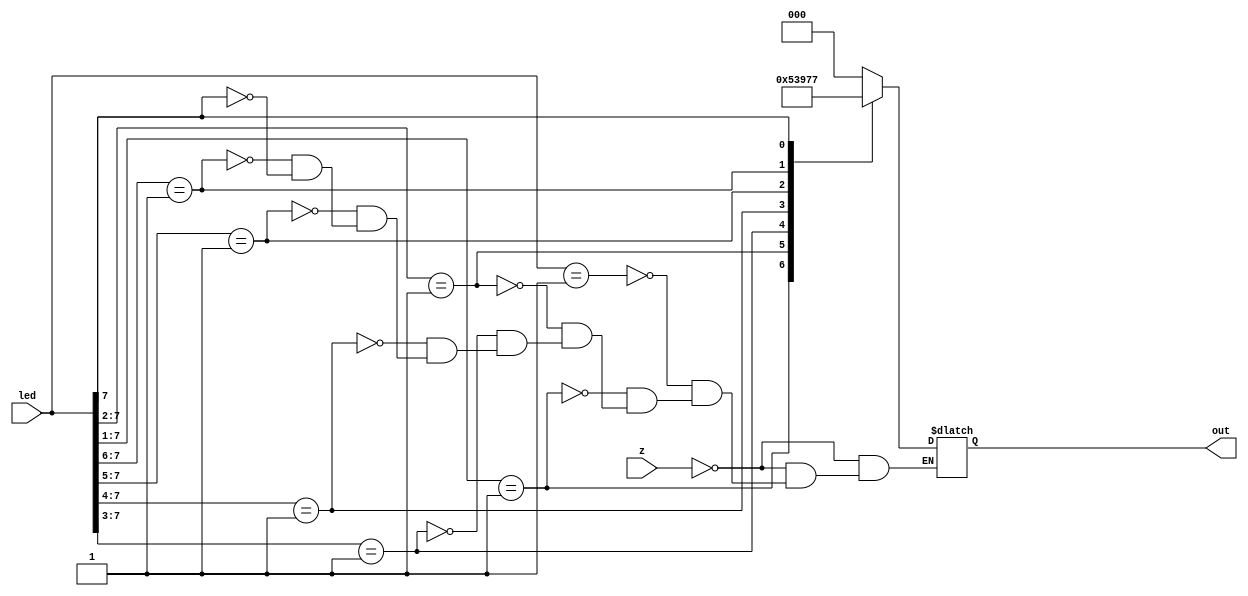
/*
//2a - using behavioral code
module Lab_6(A,B,C,led);
	
	input wire A,B,C;     //input 3 switches
	output wire [7:0]led; //input 8 leds
	
	//A=In2 , B=In1 , C=In0

	assign led[0] = ~A & ~B & ~C;    //boolean expressions for each led
	assign led[1] = ~A & ~B & C;     //using and and not gates
	assign led[2] = ~A & B & ~C;
	assign led[3] = ~A & B & C;
	assign led[4] = A & ~B & ~C;
	assign led[5] = A & ~B & C;
	assign led[6] = A & B & ~C;
	assign led[7] = A & B & C;
	
endmodule
*/

/*
//2b - using case statements
module Lab_6(A,B,C,led);
	
	input wire A,B,C;     //input 3 swtiches as wires
	output wire [7:0]led; //input 8 leds

	//A=In2 , B=In1 , C=In0
	
	reg [7:0]ssd;        //register since used in always block
	
	assign led = ssd;

	always @(A,B,C)
	begin
		case({A,B,C})
		
		3'b000: ssd = 8'b00000001; //0      //create 8 bit number of the corresponding leds
		3'b001: ssd = 8'b00000010; //1      //for each combination of 3 bit number from
		3'b010: ssd = 8'b00000100; //2      //truth table
		3'b011: ssd = 8'b00001000; //3
		3'b100: ssd = 8'b00010000; //4
		3'b101: ssd = 8'b00100000; //5
		3'b110: ssd = 8'b01000000; //6
		3'b111: ssd = 8'b10000000; //7

		endcase
	
	end

endmodule
*/


/*
//3b - using boolean expressions

module Lab_6(out,led);

	output wire [2:0]out;  //outputs are 3 leds
	input wire [7:0]led;   //inputs are 8 switches
	
	wire l2, l4, l5, l6, l7;  //internal wires for inputs used multiple times
	wire w0, w1, w2, w3, w4;
	
	not m0(l7,led[7]), //intializing wires used multiple times
	    m1(l6,led[6]), 
		 m2(l5,led[5]), 
		 m3(l4,led[4]), 
		 m4(l2,led[2]);
	
	and m5(w0,l6,l4,led[3]), //combing the corressponding inputs for the or gate
	    m6(w1,l5,l4,led[3]), 
		 m7(w2,l5,l4,led[2]), 
		 m8(w3,l6,led[5]), 
		 m9(w4,l6,l4,l2,led[1]);
	
	or  m11(out[2],led[7],led[6],led[5],led[4]), //using the wires and input to create the output
	    m12(out[1],led[7],led[6],w1,w2), 
		 m13(out[0],led[7],w0,w3,w4), 
		 m14(led[0],led[1],led[2],led[3],led[4],led[5],led[6],led[7]);  //input 0 does not affect the display


endmodule
*/



//3b using case statements
module Lab_6(z,out,led);
	
	input z;               //intput z as enable
	input wire [7:0]led;   //input 7 switches
	output wire [2:0]out;  //output 3 leds
	
	
	reg [2:0]ssd;  //assign reg ssd to out to use in always block
	
	assign out = ssd;

	always @(z,led)
	begin
	
		if (z == 1) //when z is high, display nothing
			begin
				ssd = 3'bxxx;
			end
		
		else  //if (z == 0) display the binary output on the 3 leds according to the 8 switches
			begin
				casex({led}) //casex used as it allows for us to enable z
				
				8'b00000001: ssd = 3'b000; //0     //case statments for each 3 bit output on leds
				8'b0000001x: ssd = 3'b001; //1     //depending on the 8 bit switch combination
				8'b000001xx: ssd = 3'b010; //2     //inlcuding the don't care states indicated by x
				8'b00001xxx: ssd = 3'b011; //3
				8'b0001xxxx: ssd = 3'b100; //4
				8'b001xxxxx: ssd = 3'b101; //5
				8'b01xxxxxx: ssd = 3'b110; //6
				8'b1xxxxxxx: ssd = 3'b111; //7		
				endcase
			end
	end

endmodule